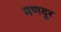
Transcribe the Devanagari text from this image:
मणदूर